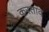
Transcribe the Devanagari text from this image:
करताव